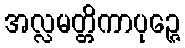
အလ္လမတ္တိကာပုဉ္ဇေ